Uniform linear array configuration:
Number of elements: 12
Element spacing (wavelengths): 0.5
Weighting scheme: uniform
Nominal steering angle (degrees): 60
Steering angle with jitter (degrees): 61.042
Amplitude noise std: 0.05
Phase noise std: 0.05

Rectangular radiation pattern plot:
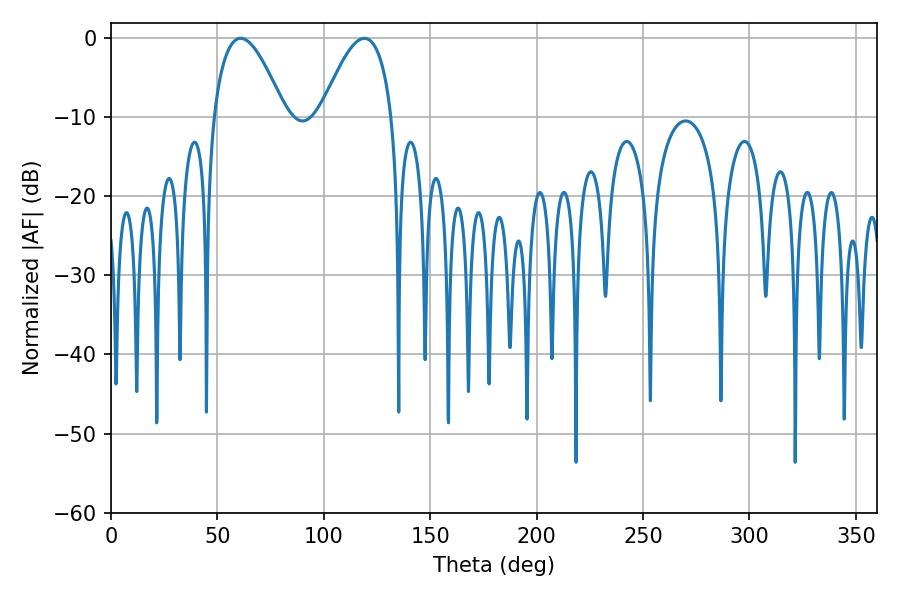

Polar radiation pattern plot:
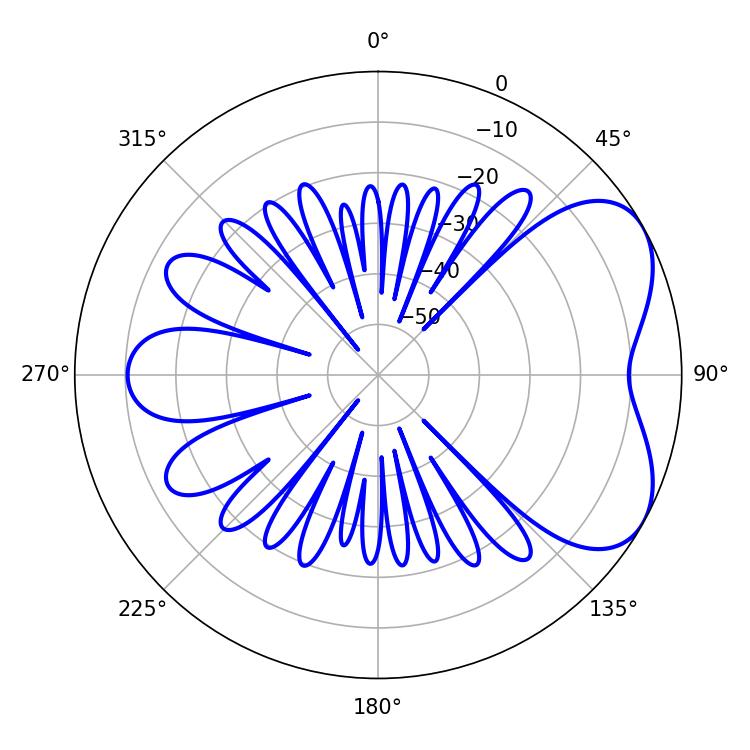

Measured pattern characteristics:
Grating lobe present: FALSE
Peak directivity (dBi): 5.323
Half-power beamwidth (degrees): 18.36
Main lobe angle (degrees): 60.84